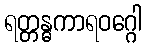
ရတ္တန္ဓကာရဝဂ္ဂေါ